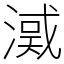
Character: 㵄